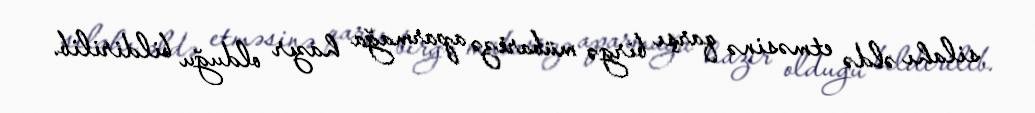
silahı əldə etməsinə qarşı birgə mübarizə aparmağa hazır olduğu bildirilib.